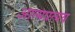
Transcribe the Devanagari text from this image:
आत्मप्रत्यय